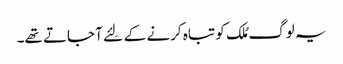
یہ لوگ مُلک کو تباہ کرنے کے لِئے آ جاتے تھے۔